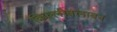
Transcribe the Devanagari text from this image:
किल्लीवलावन